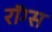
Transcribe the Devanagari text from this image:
रॉग्स